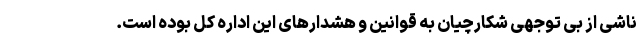
ناشی از بی توجهی شکارچیان به قوانین و هشدارهای این اداره کل بوده است.